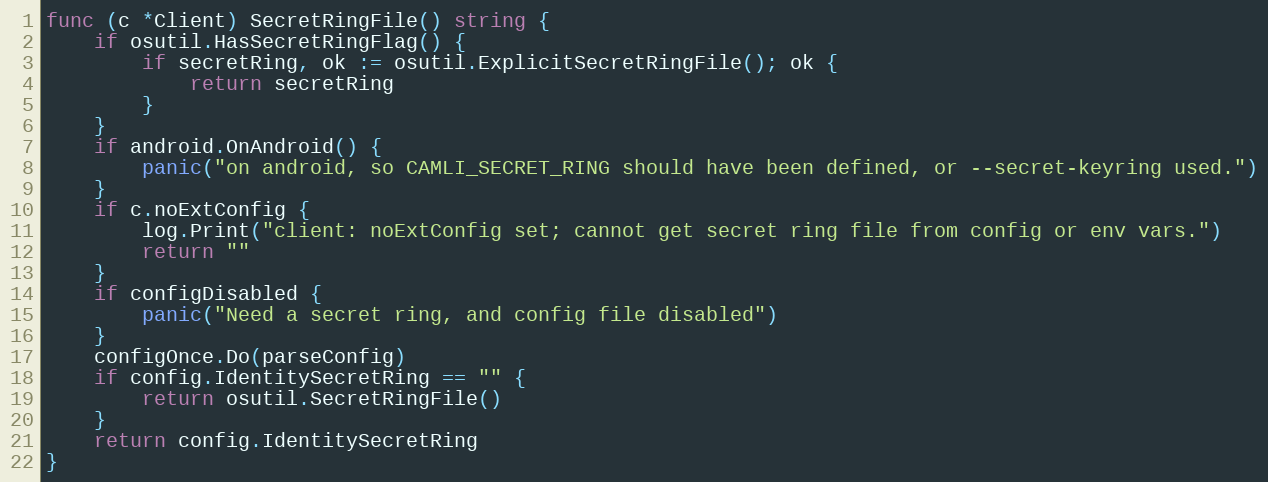
Language: Go
func (c *Client) SecretRingFile() string {
	if osutil.HasSecretRingFlag() {
		if secretRing, ok := osutil.ExplicitSecretRingFile(); ok {
			return secretRing
		}
	}
	if android.OnAndroid() {
		panic("on android, so CAMLI_SECRET_RING should have been defined, or --secret-keyring used.")
	}
	if c.noExtConfig {
		log.Print("client: noExtConfig set; cannot get secret ring file from config or env vars.")
		return ""
	}
	if configDisabled {
		panic("Need a secret ring, and config file disabled")
	}
	configOnce.Do(parseConfig)
	if config.IdentitySecretRing == "" {
		return osutil.SecretRingFile()
	}
	return config.IdentitySecretRing
}